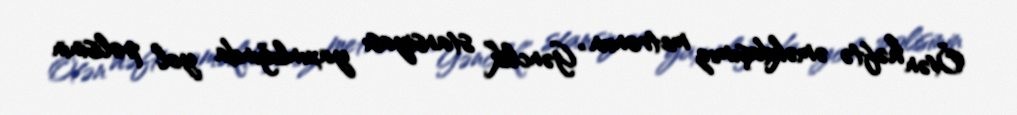
Ötən həftə əməkdaşımız metronun “Gənclik” stansiyası yaxınlığında yol polisinin